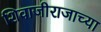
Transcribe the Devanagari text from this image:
शिवाजीराजाच्या